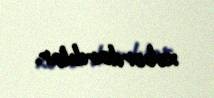
xəbərdardılar.